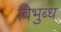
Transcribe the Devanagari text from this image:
विभुब्ध